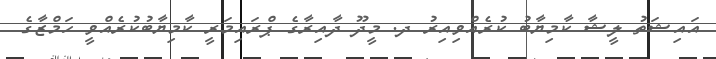
އައިޝަތު ލީޝާ ކާމިޔާބު ކުރެއްވިއިރު ދ. މީދޫ ދާއިރާގެ ޕްރައިމަރީ ކާމިޔާބުކުރެއްވީ ހަމްޒާގެ